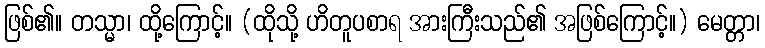
ဖြစ်၏။ တသ္မာ၊ ထို့ကြောင့်။ (ထိုသို့ ဟိတူပစာရ အားကြီးသည်၏ အဖြစ်ကြောင့်။) မေတ္တာ၊